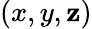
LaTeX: (x,y,\mathbf{z})